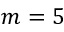
m = 5